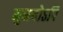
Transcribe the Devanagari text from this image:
मुनयोऽपि